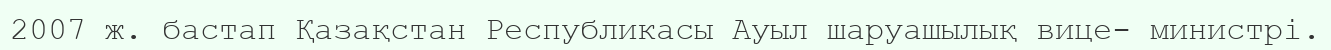
2007 ж. бастап Қазақстан Республикасы Ауыл шаруашылық вице- министрі.